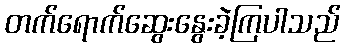
တက်ရောက်ဆွေးနွေးခဲ့ကြပါသည်